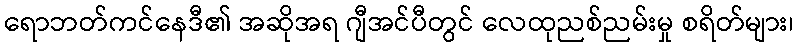
ရောဘတ်ကင်နေဒီ၏ အဆိုအရ ဂျီအင်ပီတွင် လေထုညစ်ညမ်းမှု စရိတ်များ၊